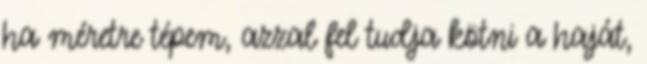
ha méretre tépem, azzal fel tudja kötni a haját,